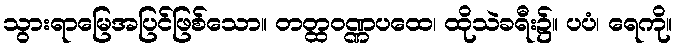
သွားရာမြေအပြင်ဖြစ်သော။ တတ္ထဝဏ္ဏပထေ၊ ထိုသဲခရီး၌။ ပပံ၊ ရေကို။